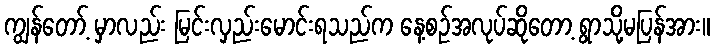
ကျွန်တော့် မှာလည်း မြင်းလှည်းမောင်းရသည်က နေ့စဉ်အလုပ်ဆိုတော့ ရွာသို့မပြန်အား။